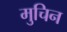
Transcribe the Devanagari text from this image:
मुचिन